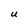
Character: U